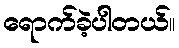
ရောက်ခဲ့ပါတယ်။